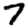
Digit: 7